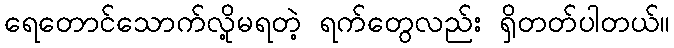
ရေတောင်သောက်လို့မရတဲ့ ရက်တွေလည်း ရှိတတ်ပါတယ်။